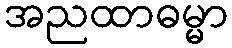
အညထာဓမ္မာ